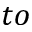
t o